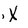
Character: X